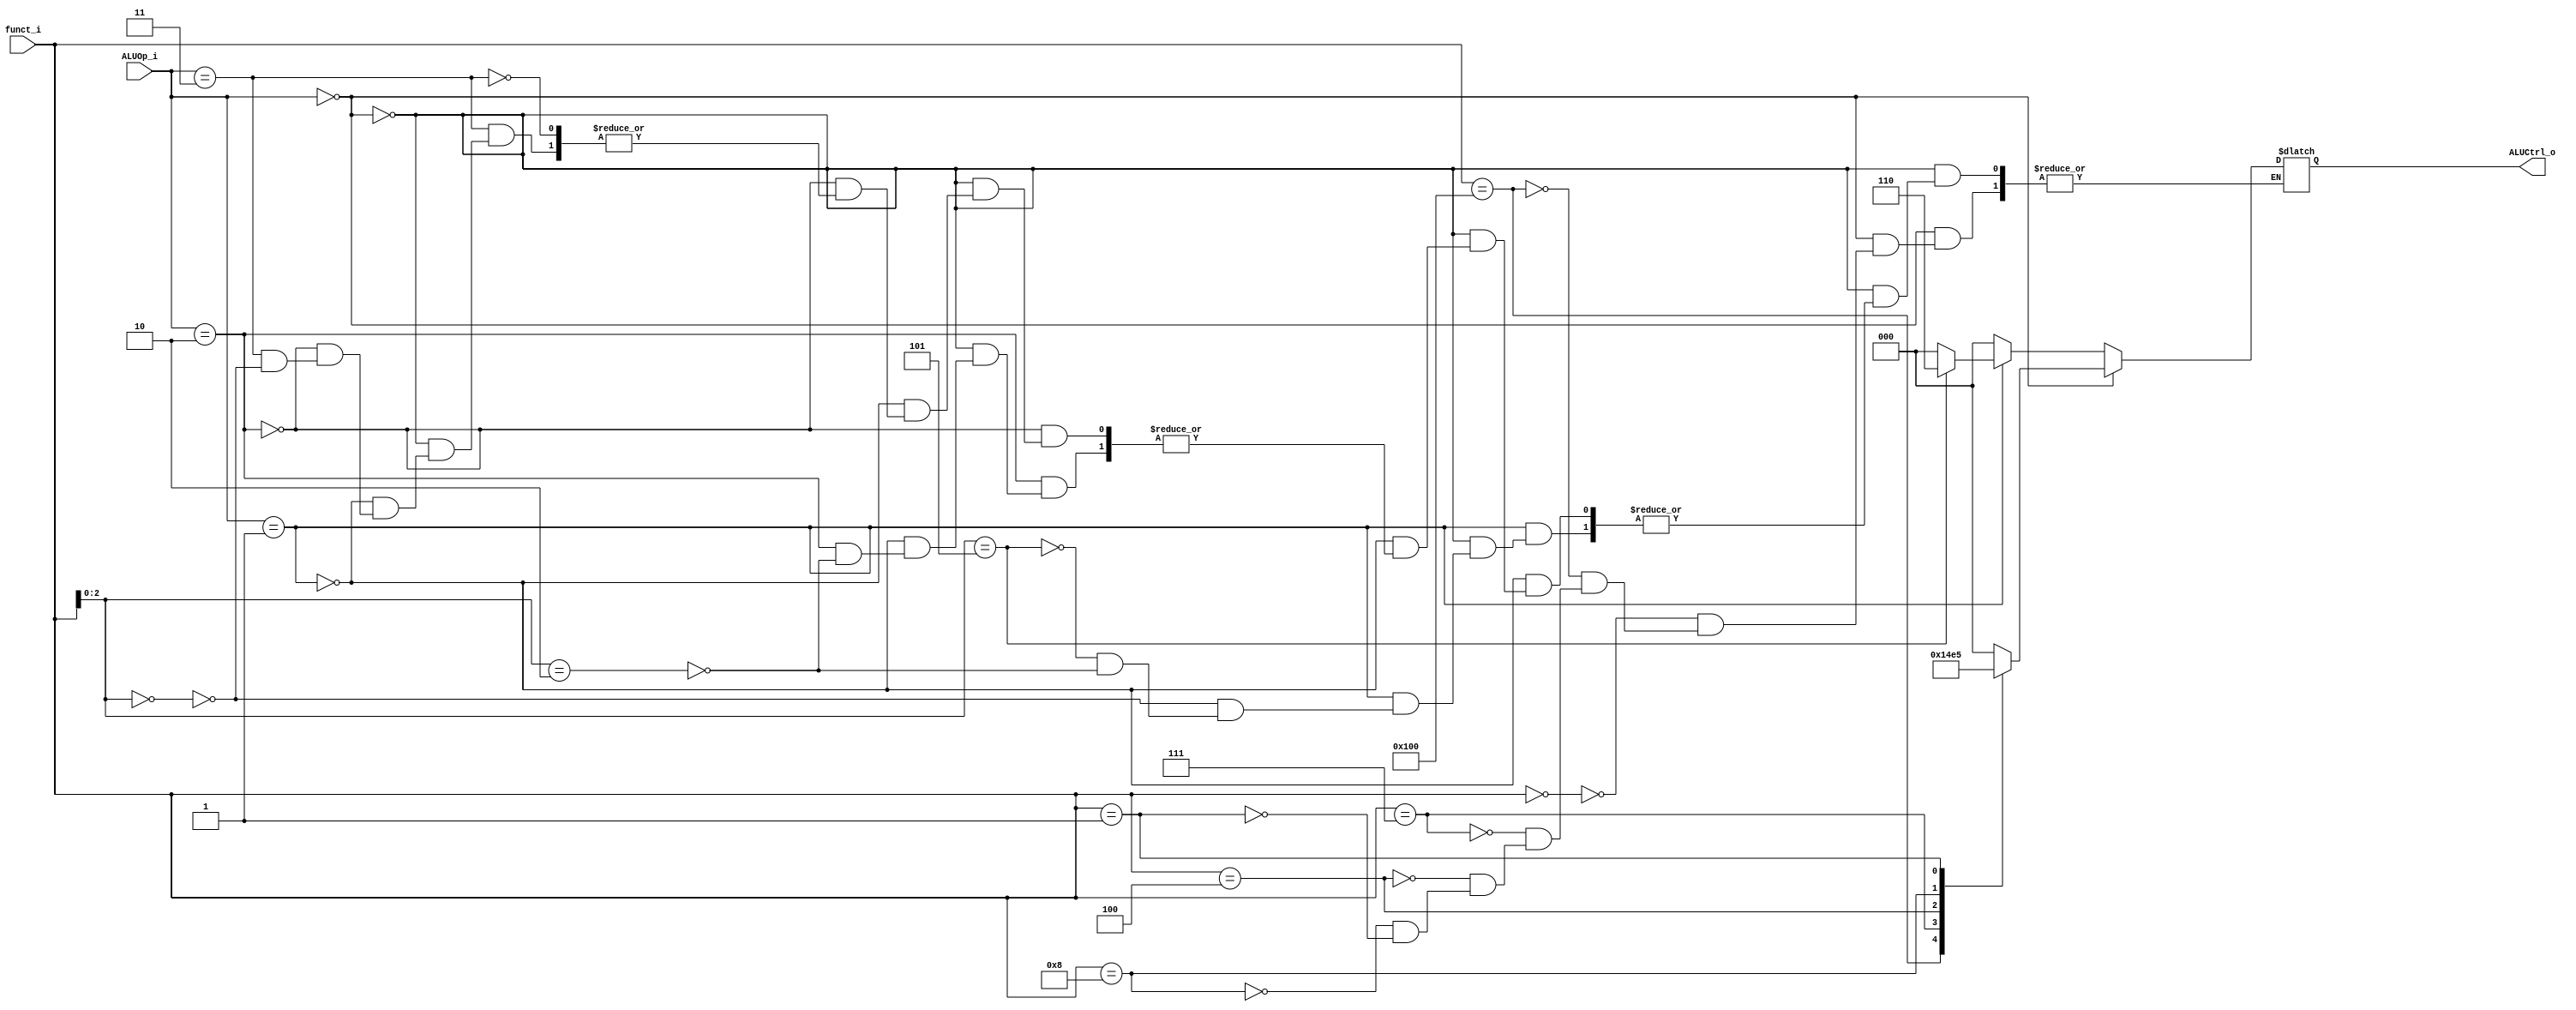
`define AND_FUNC    10'b0000000111
`define XOR_FUNC    10'b0000000100
`define SLL_FUNC    10'b0000000001
`define ADD_FUNC    10'b0000000000
`define SUB_FUNC    10'b0100000000
`define MUL_FUNC    10'b0000001000
`define ADDI_FUNC   3'b000
`define SRAI_FUNC   3'b101
module ALU_Control(
    funct_i,    // ({Ins[31:25, 14:12]}),
    ALUOp_i,    // (ALUOp),
    ALUCtrl_o  // (ALUControl_to_ALU)
);
input   [9:0]   funct_i;
input   [1:0]   ALUOp_i;
output  reg [2:0]   ALUCtrl_o;
always@(funct_i, ALUOp_i) begin
    if (ALUOp_i == 2'b00) begin // R-type
        case(funct_i)
            `ADD_FUNC: ALUCtrl_o = 3'b000;
            `SUB_FUNC: ALUCtrl_o = 3'b001;
            `AND_FUNC: ALUCtrl_o = 3'b010;      
            `XOR_FUNC: ALUCtrl_o = 3'b011;
            `MUL_FUNC: ALUCtrl_o = 3'b100;   
            `SLL_FUNC: ALUCtrl_o = 3'b101;
        endcase
    end
    else if (ALUOp_i == 2'b01) begin            // I-type
        case(funct_i[2:0])
            3'b000:   ALUCtrl_o = 3'b000;
            3'b101:   ALUCtrl_o = 3'b110;
            3'b010:   ALUCtrl_o = 3'b000;       // load
        endcase
    end
    else if (ALUOp_i == 2'b10) begin            // S-type
        case(funct_i[2:0])
            3'b010:   ALUCtrl_o = 3'b000;     
        endcase
    end
    else if (ALUOp_i == 2'b11) begin         // SB-type
        case(funct_i[2:0])
            3'b000:   ALUCtrl_o = 3'b000;
        endcase
    end  
end
endmodule